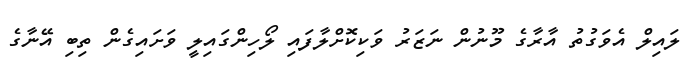
ލައިލް އެވަގުތު އާރާގެ މޫނުން ނަޒަރު ވަކިކޮށްލާފައި ލޯހިންގައިލީ ވަށައިގެން ތިބި އޭނާގެ